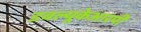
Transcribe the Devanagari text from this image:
डबल्यूकेआरपी